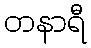
တနာရီ